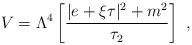
LaTeX: \begin{align*}V= \Lambda^4 \left [{|e +\xi \tau|^2 + m^2 \over \tau_2 }\right] \ ,\end{align*}